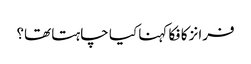
فرانز کافکا کہنا کیا چاہتا تھا؟